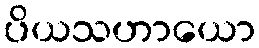
ပိယသဟာယော